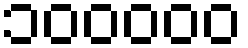
၁၀၀၀၀၀